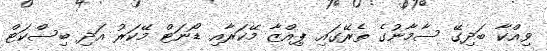
ވިއްކާ ބަދިގޭ ސާމާނުގެ ތެރޭގައި ޕިއްޒާ މޭކަރާއި ޑޯނަޓް މޭކަރު އަދި ބިސްކަޓް